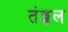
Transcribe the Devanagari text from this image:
तंड्डल